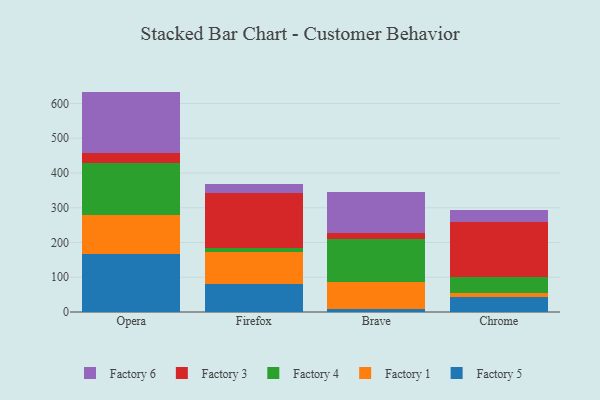
{"axis": {"x": "Browser", "y": "Operating Costs (USD K)"}, "legend": ["Factory 1", "Factory 3", "Factory 4", "Factory 5", "Factory 6"], "data": [{"x": "Opera", "y": 165.6, "type": "Factory 5"}, {"x": "Opera", "y": 114.1, "type": "Factory 1"}, {"x": "Opera", "y": 147.7, "type": "Factory 4"}, {"x": "Opera", "y": 30.0, "type": "Factory 3"}, {"x": "Opera", "y": 176.8, "type": "Factory 6"}, {"x": "Firefox", "y": 79.5, "type": "Factory 5"}, {"x": "Firefox", "y": 91.8, "type": "Factory 1"}, {"x": "Firefox", "y": 12.9, "type": "Factory 4"}, {"x": "Firefox", "y": 158.7, "type": "Factory 3"}, {"x": "Firefox", "y": 24.9, "type": "Factory 6"}, {"x": "Brave", "y": 9.2, "type": "Factory 5"}, {"x": "Brave", "y": 77.0, "type": "Factory 1"}, {"x": "Brave", "y": 123.3, "type": "Factory 4"}, {"x": "Brave", "y": 17.6, "type": "Factory 3"}, {"x": "Brave", "y": 118.9, "type": "Factory 6"}, {"x": "Chrome", "y": 43.4, "type": "Factory 5"}, {"x": "Chrome", "y": 11.9, "type": "Factory 1"}, {"x": "Chrome", "y": 44.7, "type": "Factory 4"}, {"x": "Chrome", "y": 160.1, "type": "Factory 3"}, {"x": "Chrome", "y": 34.5, "type": "Factory 6"}]}